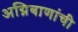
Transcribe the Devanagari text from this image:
अग्निबाणांची